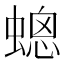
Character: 𧏀